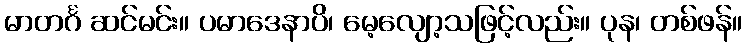
မာတင်္ဂ ဆင်မင်း။ ပမာဒေနာပိ၊ မေ့လျော့သဖြင့်လည်း။ ပုန၊ တစ်ဖန်။